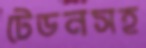
টেডনসহ